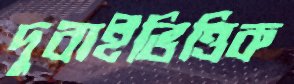
দুবাইভিত্তিক